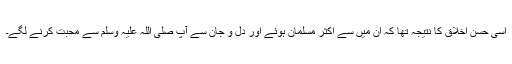
اِسی حسنِ اخلاق کا نتیجہ تھا کہ اُن میں سے اَکثر مسلمان ہوئے اور دِل و جان سے آپ صلی اللہ علیہ وَسلم سے محبت کرنے لگے۔